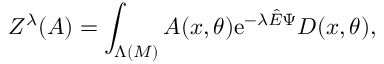
Z ^ { \lambda } ( A ) = \int _ { \Lambda ( M ) } A ( x , \theta ) \mathrm { e } ^ { - \lambda { \hat { E } } \Psi } { \cal D } ( x , \theta ) ,